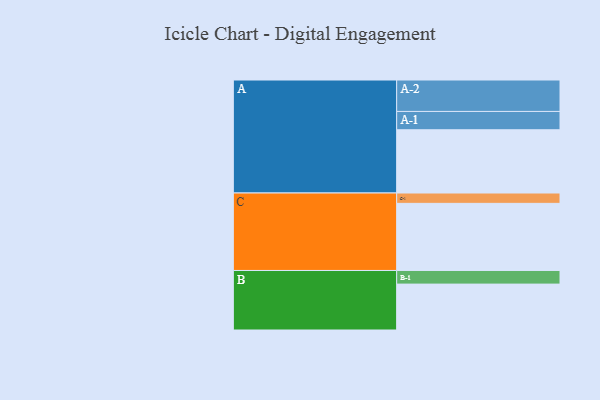
{"axis": {"x": "Segment", "y": "Value"}, "legend": ["", "A", "B", "C"], "data": [{"x": "A", "y": 525, "type": ""}, {"x": "B", "y": 381, "type": ""}, {"x": "C", "y": 557, "type": ""}, {"x": "A-1", "y": 152, "type": "A"}, {"x": "A-2", "y": 261, "type": "A"}, {"x": "B-1", "y": 113, "type": "B"}, {"x": "C-1", "y": 86, "type": "C"}]}